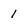
Character: 1